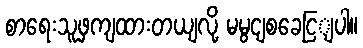
စာရေးသူဖှကျထားတယျလို့ မမွငျစခေငြျပါ။